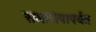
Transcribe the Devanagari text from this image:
समारोपापर्यंत